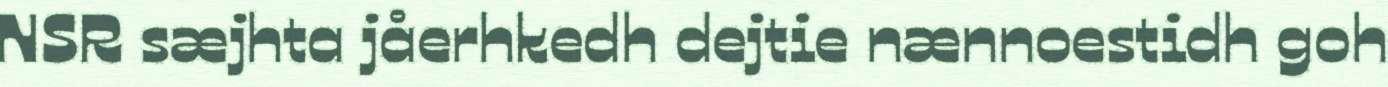
NSR sæjhta jåerhkedh dejtie nænnoestidh goh